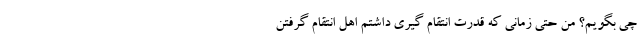
چی بگویم؟ من حتی زمانی که قدرت انتقام گیری داشتم اهل انتقام گرفتن